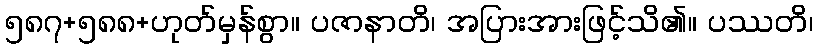
၅၈၇+၅၈၈+ဟုတ်မှန်စွာ။ ပဇာနာတိ၊ အပြားအားဖြင့်သိ၏။ ပဿတိ၊